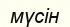
мүсін